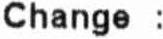
CHANGE :